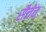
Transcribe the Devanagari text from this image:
सैचेव